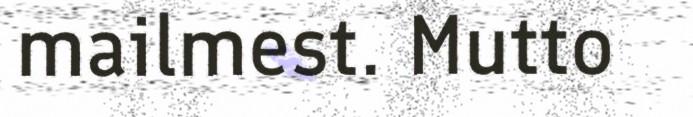
mailmest. Mutto